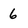
Character: 6